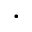
\cdot